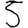
Digit: 5